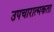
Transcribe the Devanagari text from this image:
उपचारात्मकता